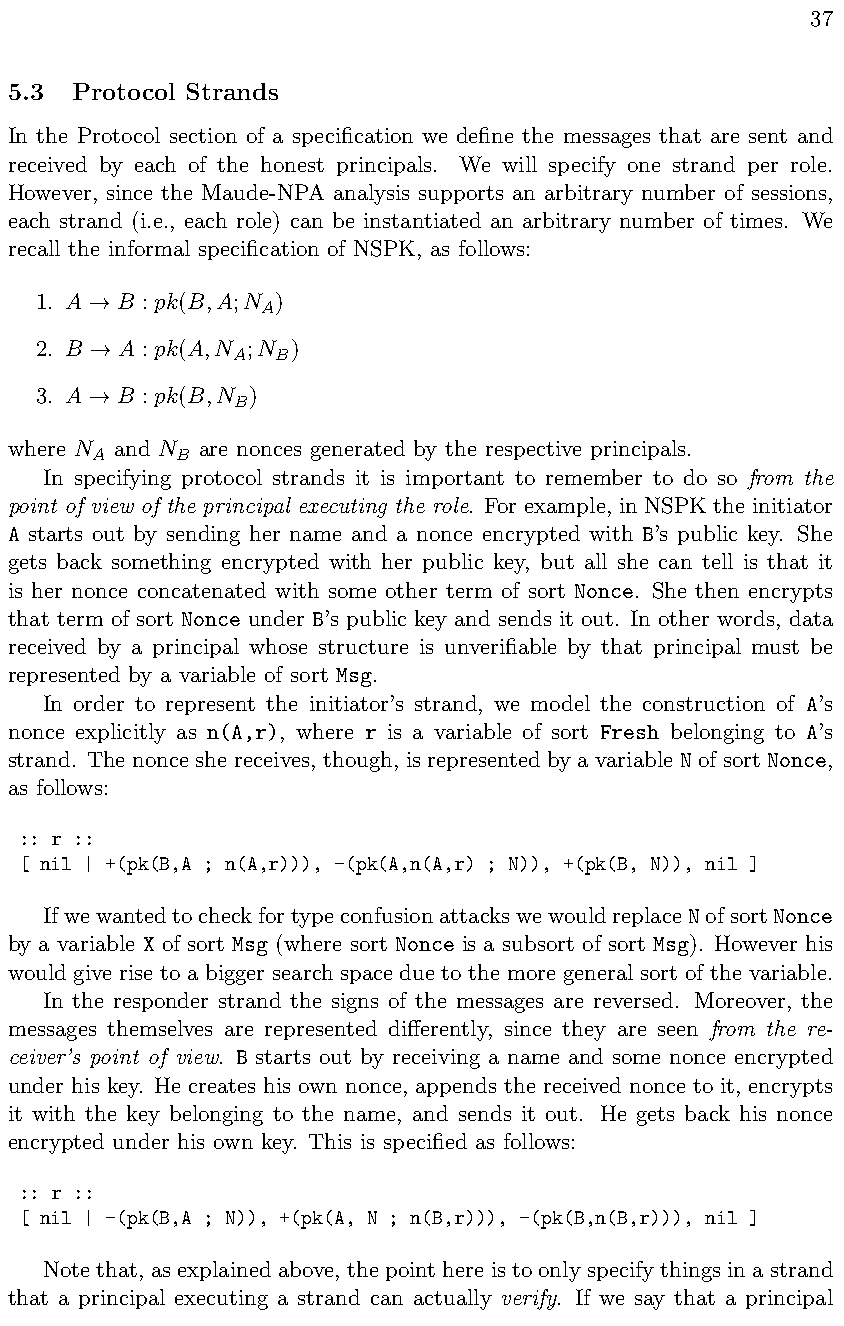
37
 5.3  Protocol Strands
 In the Protocol section of a specification we define the messages that are sent and
 received by each of the honest principals. We will specify one strand per role.
 However, since the Maude-NPA analysis supports an arbitrary number of sessions,
 each strand (i.e., each role) can be instantiated an arbitrary number of times. We
 recall the informal specification of NSPK, as follows:
 1. A  B : pk(B,A;N )
 A
 !
 2. B  A : pk(A,N ;N )
 A  B
 !
 3. A  B : pk(B,N )
 B
 !
 where N and N are nonces generated by the respective principals.
 A     B
 In specifying protocol strands it is important to remember to do so from the
 point of view of the principal executing the role. For example, in NSPK the initiator
 A starts out by sending her name and a nonce encrypted with B’s public key. She
 gets back something encrypted with her public key, but all she can tell is that it
 is her nonce concatenated with some other term of sort Nonce. She then encrypts
 that term of sort Nonce under B’s public key and sends it out. In other words, data
 received by a principal whose structure is unverifiable by that principal must be
 represented by a variable of sort Msg.
 In order to represent the initiator’s strand, we model the construction of A’s
 nonce explicitly as n(A,r), where r is a variable of sort Fresh belonging to A’s
 strand. The nonce she receives, though, is represented by a variable N of sort Nonce,
 as follows:
 :: r ::
 [ nil | +(pk(B,A ; n(A,r))), -(pk(A,n(A,r) ; N)), +(pk(B, N)), nil ]
 IfwewantedtocheckfortypeconfusionattackswewouldreplaceNofsortNonce
 by a variable X of sort Msg (where sort Nonce is a subsort of sort Msg). However his
 would give rise to a bigger search space due to the more general sort of the variable.
 In the responder strand the signs of the messages are reversed. Moreover, the
 messages themselves are represented di↵erently, since they are seen from the re-
 ceiver’s point of view. B starts out by receiving a name and some nonce encrypted
 under his key. He creates his own nonce, appends the received nonce to it, encrypts
 it with the key belonging to the name, and sends it out. He gets back his nonce
 encrypted under his own key. This is specified as follows:
 :: r ::
 [ nil | -(pk(B,A ; N)), +(pk(A, N ; n(B,r))), -(pk(B,n(B,r))), nil ]
 Notethat, asexplainedabove, thepointhereistoonlyspecifythingsinastrand
 that a principal executing a strand can actually verify. If we say that a principal